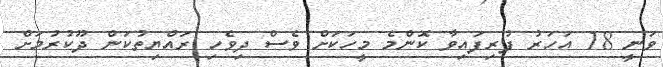
ވަނީ 18 އަހަރު ފުރިފައިވާ ކޮންމެ މީހަކަށް ވެސް ދިވެހި ރައްޔިތުކަން ދޫކުރުމަށް